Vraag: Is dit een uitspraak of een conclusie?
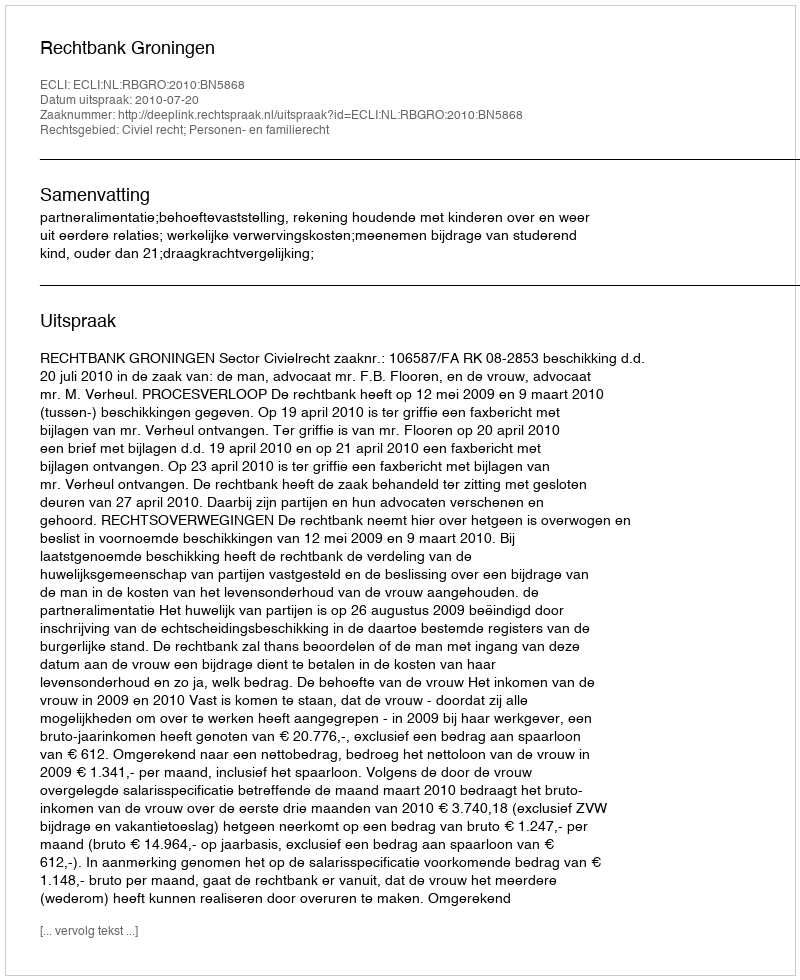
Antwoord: Uitspraak